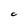
Character: C